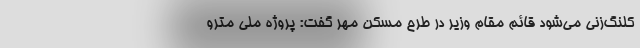
کلنگ‌زنی می‌شود قائم مقام وزیر در طرح مسکن مهر گفت: پروژه ملی مترو